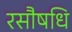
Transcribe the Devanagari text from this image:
रसौषधि